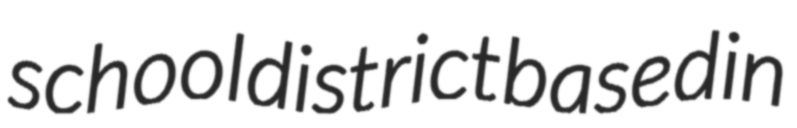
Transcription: school district based in